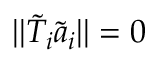
| | \widetilde { T } _ { i } \widetilde { \boldsymbol { a } } _ { i } | | = 0